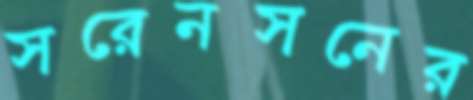
সরেনসনের